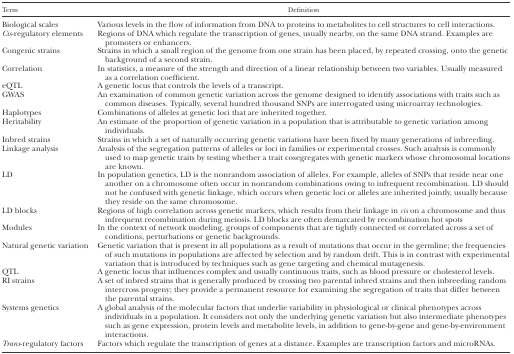
| Term | Definition |
 | --- | --- |
 | Biological scales | Various levels in the flow of information from DNA to proteins to metabolites to cell structures to cell interactions. |
 | Cis-regulatory elements | Regions of DNA which regulate the transcription of genes, usually nearby, on the same DNA strand. Examples are promoters or enhancers. |
 | Congenic strains | Strains in which a small region of the genome from one strain has been placed, by repeated crossing, onto the genetic background of a second strain. |
 | Correlation | In statistics, a measure of the strength and direction of a linear relationship between two variables. Usually measured as a correlation coefficient. |
 | eQTL | A genetic locus that controls the levels of a transcript. |
 | GWAS | An examination of common genetic variation across the genome designed to identify associations with traits such as common diseases. Typically, several hundred thousand SNPs are interrogated using microarray technologies. |
 | Haplotypes | Combinations of alleles at genetic loci that are inherited together. |
 | Heritability | An estimate of the proportion of genetic variation in a population that is attributable to genetic variation among individuals. |
 | Inbred strains | Strains in which a set of naturally occurring genetic variations have been fixed by many generations of inbreeding. |
 | Linkage analysis | Analysis of the segregation patterns of alleles or loci in families or experimental crosses. Such analysis is commonly used to map genetic traits by testing whether a trait cosegregates with genetic markers whose chromosomal locations are known. |
 | LD | In population genetics, LD is the nonrandom association of alleles. For example, alleles of SNPs that reside near one another on a chromosome often occur in nonrandom combinations owing to infrequent recombination. LD should not be confused with genetic linkage, which occurs when genetic loci or alleles are inherited jointly, usually because they reside on the same chromosome. |
 | LD blocks | Regions of high correlation across genetic markers, which results from their linkage in cis on a chromosome and thus infrequent recombination during meiosis. LD blocks are often demarcated by recombination hot spots |
 | Modules | In the context of network modeling, groups of components that are tightly connected or correlated across a set of conditions, perturbations or genetic backgrounds. |
 | Natural genetic variation | Genetic variation that is present in all populations as a result of mutations that occur in the germline; the frequencies of such mutations in populations are affected by selection and by random drift. This is in contrast with experimental variation that is introduced by techniques such as gene targeting and chemical mutagenesis. |
 | QTL | A genetic locus that influences complex and usually continuous traits, such as blood pressure or cholesterol levels. |
 | RI strains | A set of inbred strains that is generally produced by crossing two parental inbred strains and then inbreeding random intercross progeny; they provide a permanent resource for examining the segregation of traits that differ between the parental strains. |
 | Systems genetics | A global analysis of the molecular factors that underlie variability in physiological or clinical phenotypes across individuals in a population. It considers not only the underlying genetic variation but also intermediate phenotypes such as gene expression, protein levels and metabolite levels, in addition to gene-by-gene and gene-by-environment interactions. |
 | Trans-regulatory factors | Factors which regulate the transcription of genes at a distance. Examples are transcription factors and microRNAs. |